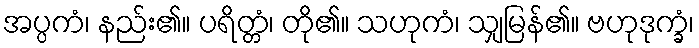
အပ္ပကံ၊ နည်း၏။ ပရိတ္တံ၊ တို၏။ သဟုကံ၊ သျှမြန်၏။ ဗဟုဒုက္ခံ၊